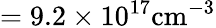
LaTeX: \mathrm{=9.2\times 10^{17}cm^{-3}}